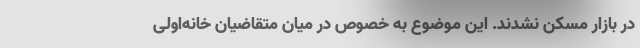
در بازار مسکن نشدند. این موضوع به خصوص در میان متقاضیان خانه‌اولی